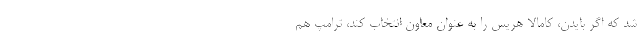
شد که اگر بایدن، کامالا هریس را به عنوان معاون انتخاب کند، ترامپ هم